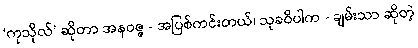
‘ကုသိုလ်’ ဆိုတာ အနဝဇ္ဇ - အပြစ်ကင်းတယ်၊ သုခဝိပါက - ချမ်းသာ ဆိုတဲ့